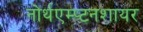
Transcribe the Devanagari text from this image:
नोर्थएम्प्टनशायर